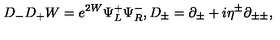
D _ { - } D _ { + } W = e ^ { 2 W } \Psi _ { L } ^ { + } \Psi _ { R } ^ { - } , D _ { \pm } = \partial _ { \pm } + i \eta ^ { \pm } \partial _ { \pm \pm } ,